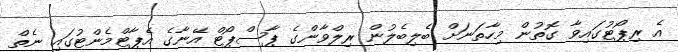
އެ ރިޕޯޓުގައިވާ ގޮތުން މިހާތަނަށް ބެލިބެލުން ރިލްވާންގެ ޕާސްޕޯޓް އޭނާގެ އެޕާޓްމެންޓުގައި ނެތް